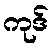
ကုဒ်